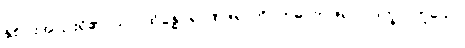
နှစ်ပါးအပြားရှိ၏။ သာ၊ ထိုခန္ဓပုရာဏဇရာကို။ ဣဓ၊ ဤဇရာပိ ဒုက္ခာ၊ ဟူသော